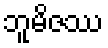
ဘူမိဇဿ